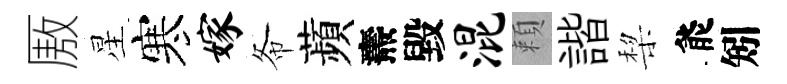
厫星寒嫁𢁙蘋燾毀混頼諧棃能矧